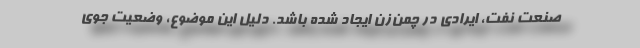
صنعت نفت، ایرادی در چمن‌زن ایجاد شده باشد. دلیل این موضوع، وضعیت جوی